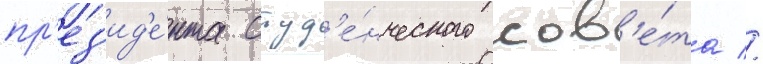
пр'ез'ид'е́нта студ'е́нческого сов'е́та //